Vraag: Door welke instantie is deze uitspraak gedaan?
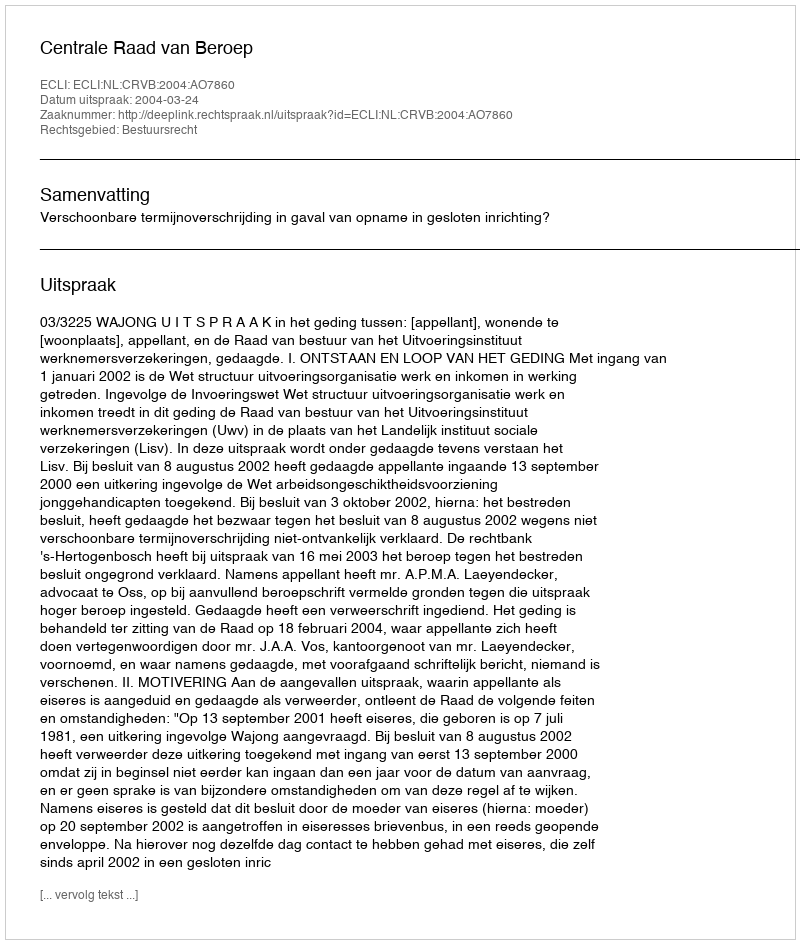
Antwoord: Centrale Raad van Beroep